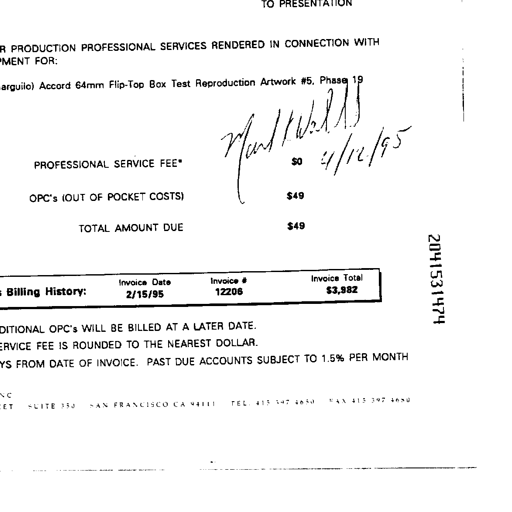
TO PRESENTATION
PRODUCTION PROFESSIONAL SERVICES RENDERED IN CONNECTION WITH
FOR:
Accord 64mm Flip-Top Box Test Reproduction Artwork #5, Phase 19
PROFESSIONAL SERVICE FEE* Mark Wells $0 4/12/95
OPC's (OUT OF POCKET COSTS) $49
TOTAL AMOUNT DUE $49
Billing History: Invoice Date Invoice # Invoice Total
2/15/95 12208 $3,982
OPC's WILL BE BILLED AT A LATER DATE.
FEE IS ROUNDED TO THE NEAREST DOLLAR.
FROM DATE OF INVOICE. PAST DUE ACCOUNTS SUBJECT TO 1.5% PER MONTH
SUITE 350 SAN FRANCISCO CA 94111 TEL 415 397 4650 FAX 415 397 4650
2041531474